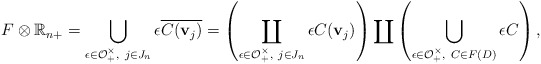
\begin{align*} F \otimes \mathbb R_{n+} = \bigcup_{\epsilon \in \mathcal O^\times_+,\ j \in J_n} \epsilon \overline{C(\mathbf v_j)}= \left(\coprod_{\epsilon \in \mathcal O^\times_+,\ j \in J_n} \epsilon C(\mathbf v_j)\right) \coprod \left(\bigcup_{\epsilon \in \mathcal O^\times_+,\ C \in F(D)} \epsilon C\right),\end{align*}